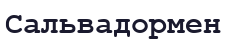
Сальвадормен